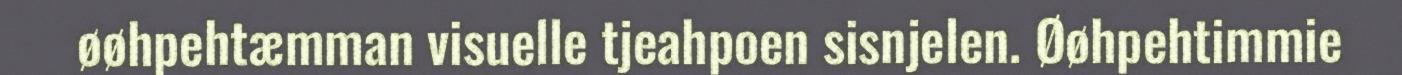
øøhpehtæmman visuelle tjeahpoen sisnjelen. Øøhpehtimmie